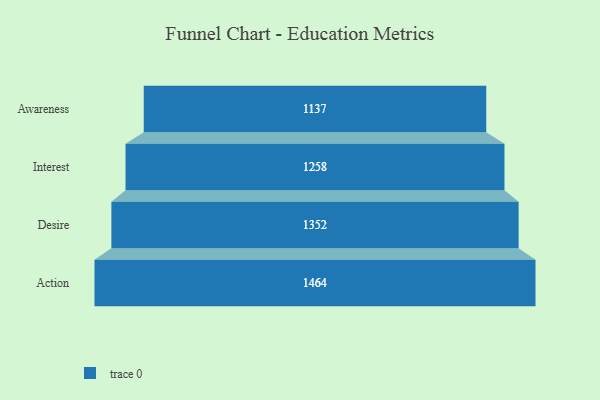
{"axis": {"x": "Stage", "y": "Value"}, "legend": [""], "data": [{"x": "Awareness", "y": 1137.0, "type": ""}, {"x": "Interest", "y": 1258.0, "type": ""}, {"x": "Desire", "y": 1352.0, "type": ""}, {"x": "Action", "y": 1464.0, "type": ""}]}